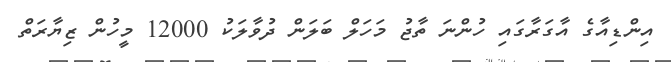
އިންޑިއާގެ އާގަރާގައި ހުންނަ ތާޖު މަހަލް ބަލަން ދުވާލަކު 12000 މީހުން ޒިޔާރަތް